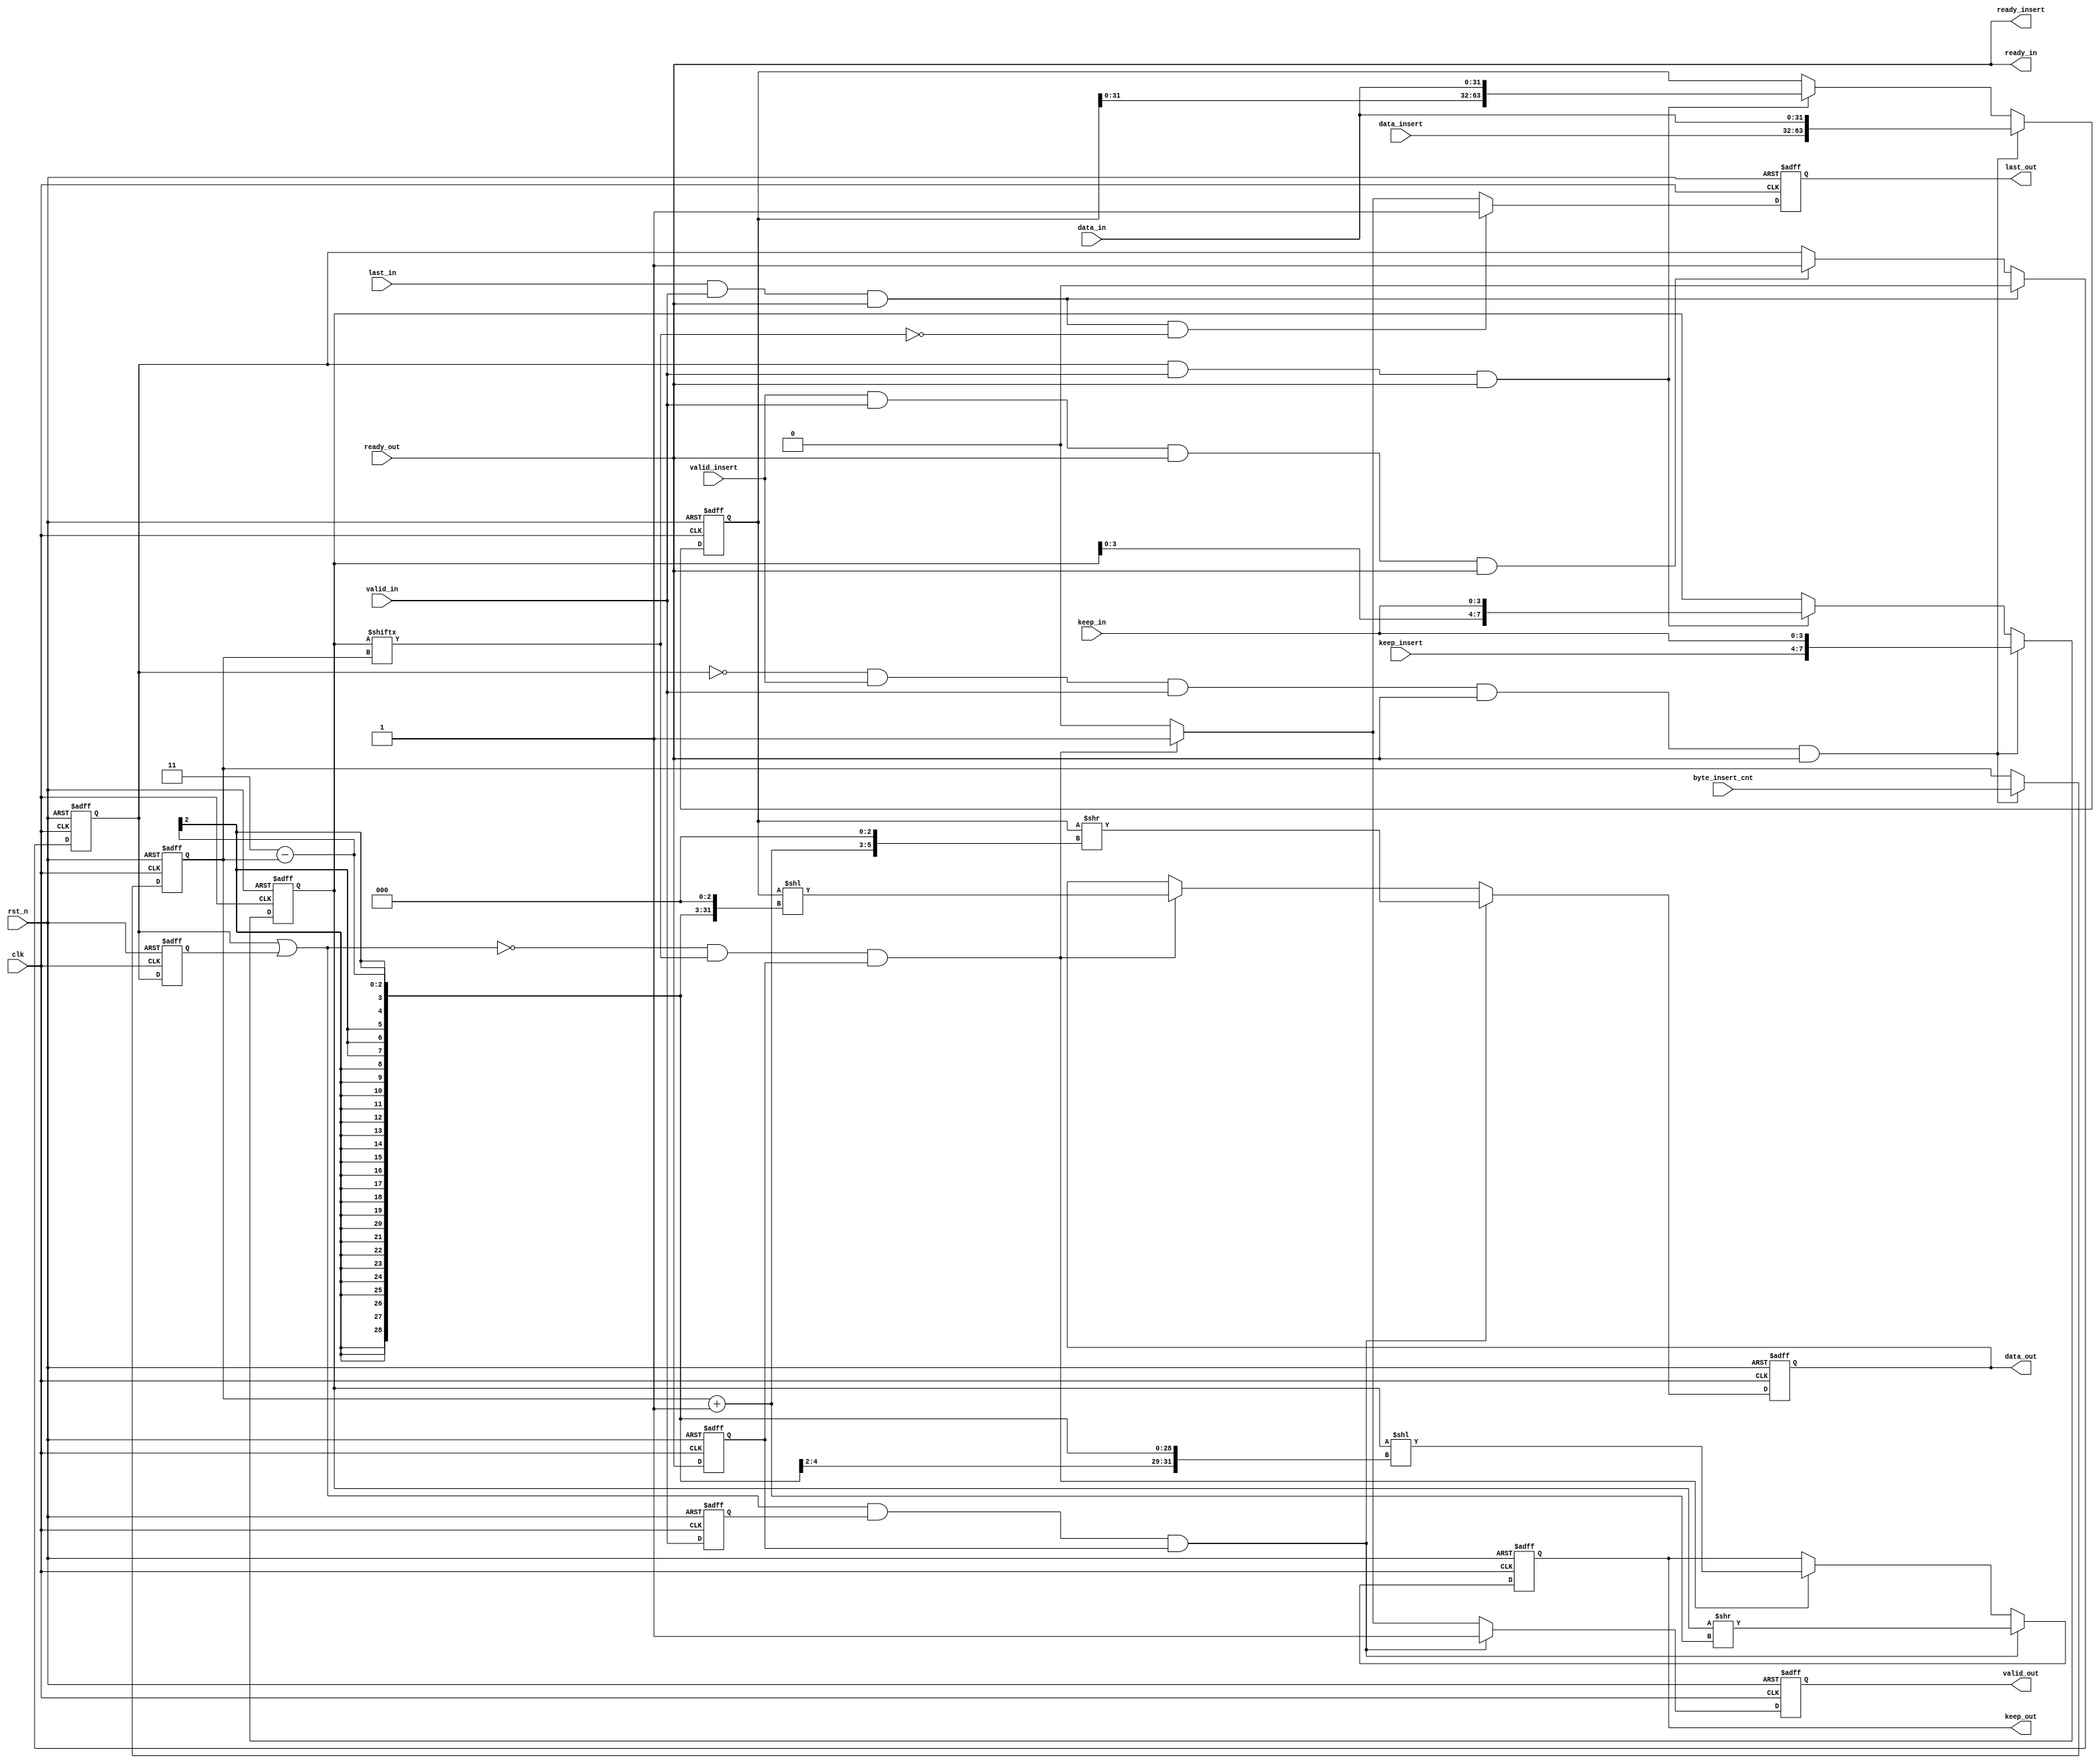
`timescale 1ns/1ps
module axi_stream_insert_header #(
parameter DATA_WD = 32,
parameter DATA_BYTE_WD = DATA_WD / 8,
parameter BYTE_CNT_WD = $clog2(DATA_BYTE_WD)
) (
input clk,
input rst_n,
// AXI Stream input original data
input valid_in,
input [DATA_WD-1 : 0] data_in,
input [DATA_BYTE_WD-1 : 0] keep_in,
input last_in,
output ready_in,
// AXI Stream output with header inserted
output valid_out,
output [DATA_WD-1 : 0] data_out,
output [DATA_BYTE_WD-1 : 0] keep_out,
output last_out,
input ready_out,
// The header to be inserted to AXI Stream input
input valid_insert,
input [DATA_WD-1 : 0] data_insert,
input [DATA_BYTE_WD-1 : 0] keep_insert,
input [BYTE_CNT_WD-1 : 0] byte_insert_cnt,
output ready_insert
);
// Your code here
reg [BYTE_CNT_WD-1 : 0] byte_insert_cnt_r;
reg valid_in_r;
reg ready_in_r;
reg valid_s;
reg valid_s_r;
wire valid_s1;
reg [(DATA_WD << 1)-1:0] data_r;
reg [(DATA_BYTE_WD << 1)-1:0] keep_r;
reg valid_out_r;
reg [DATA_WD-1:0] data_out_r;
reg [DATA_BYTE_WD-1:0] keep_out_r;
reg last_out_r;

//valid signal of recieving data_in
assign ready_in = ready_out;

//valid signal of recieving data_insert
assign ready_insert = ready_out;

//register valid_in
always @(posedge clk, negedge rst_n) begin
    if(!rst_n)
    valid_in_r <= #1 1'b0;
	else 
	valid_in_r <= #1 valid_in;
end

//register ready_in
always @(posedge clk, negedge rst_n) begin
    if(!rst_n)
    ready_in_r <= #1 1'b0;
	else 
	ready_in_r <= #1 ready_in;
end

//register byte_insert_cnt
always @(posedge clk, negedge rst_n) begin
    if(!rst_n)
	byte_insert_cnt_r <= #1 {(BYTE_CNT_WD){1'b0}};
	else if(!valid_s & valid_insert & valid_in & ready_in & ready_insert)
	byte_insert_cnt_r <= #1 byte_insert_cnt;
end
	 
//the state of AXI stream: 1 for start
always @(posedge clk, negedge rst_n) begin
    if(!rst_n)
    valid_s <= #1 1'b0;
    else if(last_in & valid_in & ready_in)
    valid_s <= #1 1'b0;
    else if(valid_insert & valid_in & ready_insert & ready_in)
    valid_s <= #1 1'b1;
end

//register valid_s
always @(posedge clk, negedge rst_n) begin
    if(!rst_n)
    valid_s_r <= #1 1'b0;
	else 
	valid_s_r <= #1 valid_s;
end
assign valid_s1 = valid_s | valid_s_r;

//save the data and keep
always @(posedge clk, negedge rst_n) begin
    if(!rst_n)begin
        data_r <= #1 {(DATA_WD << 1){1'b0}};
        keep_r <= #1 {(DATA_BYTE_WD << 1){1'b0}};
    end
    else if(!valid_s & valid_insert & valid_in & ready_in & ready_insert)begin
        data_r <= #1 {data_insert, data_in};
        keep_r <= #1 {keep_insert, keep_in};
    end
    else if(valid_s & valid_in & ready_in)begin
        data_r <= #1 {data_r[DATA_WD-1:0], data_in};
        keep_r <= #1 {keep_r[DATA_BYTE_WD-1:0], keep_in};
    end
end

// AXI Stream output with header inserted

//last_out
always @(posedge clk, negedge rst_n) begin
    if(!rst_n)
    last_out_r <= #1 1'b0;
    else if(last_in & valid_in & ready_in & !keep_r[byte_insert_cnt_r])
    last_out_r <= #1 1'b1;
	else if(!valid_s1 & keep_r[byte_insert_cnt_r] & ready_in_r)
	last_out_r <= #1 1'b1;
    else
    last_out_r <= #1 1'b0;
end
assign last_out = last_out_r;

//output data and keep_out
always @(posedge clk, negedge rst_n) begin
	if(!rst_n)begin
		data_out_r <= #1 {DATA_WD{1'b0}};
		keep_out_r <= #1 {DATA_BYTE_WD{1'b0}};
   end
   else if(valid_s1 & valid_in_r & ready_in_r)begin
        data_out_r <= #1 data_r >> ((byte_insert_cnt_r + 1) << 3);
        keep_out_r <= #1 keep_r >> (byte_insert_cnt_r + 1);
   end
   else if(!valid_s1 & keep_r[byte_insert_cnt_r] & ready_in_r)begin
		data_out_r <= #1 data_r << ((3-byte_insert_cnt_r) << 3);
		keep_out_r <= #1 keep_r << (3-byte_insert_cnt_r);
	end
end
assign data_out = data_out_r;
assign keep_out = keep_out_r;

//output valid_out
always @(posedge clk, negedge rst_n) begin
	if(!rst_n)
	valid_out_r <= #1 1'b0;
	else if(valid_s1 & valid_in_r & ready_in_r)
	valid_out_r <= #1 1'b1;
	else if(!valid_s1 & keep_r[byte_insert_cnt_r] & ready_in_r)
	valid_out_r <= #1 1'b1;
	else
	valid_out_r <= #1 1'b0;
end
assign valid_out = valid_out_r;

endmodule